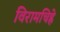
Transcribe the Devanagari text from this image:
विरामचिह्ने